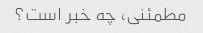
مطمئنی، چه خبر است؟